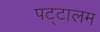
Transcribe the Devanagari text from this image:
पट्टालम